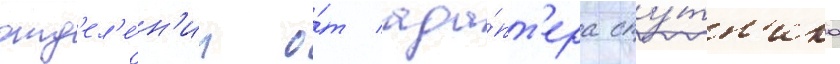
отд'ел'е́н'ии о́т ада́пт'ера спу́тн'ика